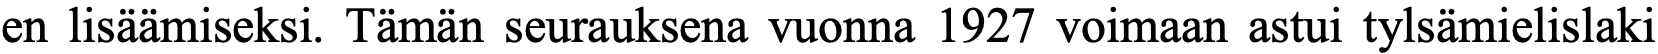
en lisäämiseksi. Tämän seurauksena vuonna 1927 voimaan astui tylsämielislaki